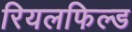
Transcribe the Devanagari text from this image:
रियलफिल्ड